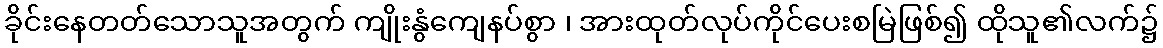
ခိုင်းနေတတ်သောသူအတွက် ကျိုးနွံကျေနပ်စွာ ၊ အားထုတ်လုပ်ကိုင်ပေးစမြဲဖြစ်၍ ထိုသူ၏လက်၌